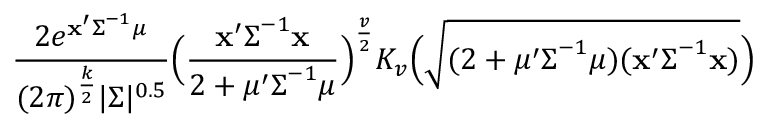
{ \frac { 2 e ^ { \mathbf { x } ^ { \prime } { \boldsymbol { \Sigma } } ^ { - 1 } { \boldsymbol { \mu } } } } { ( 2 \pi ) ^ { \frac { k } { 2 } } | { \boldsymbol { \Sigma } } | ^ { 0 . 5 } } } { \Big ( } { \frac { \mathbf { x } ^ { \prime } { \boldsymbol { \Sigma } } ^ { - 1 } \mathbf { x } } { 2 + { \boldsymbol { \mu } } ^ { \prime } { \boldsymbol { \Sigma } } ^ { - 1 } { \boldsymbol { \mu } } } } { \Big ) } ^ { \frac { v } { 2 } } K _ { v } { \Big ( } { \sqrt { ( 2 + { \boldsymbol { \mu } } ^ { \prime } { \boldsymbol { \Sigma } } ^ { - 1 } { \boldsymbol { \mu } } ) ( \mathbf { x } ^ { \prime } { \boldsymbol { \Sigma } } ^ { - 1 } \mathbf { x } ) } } { \Big ) }